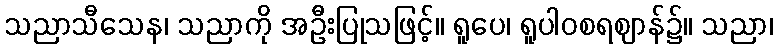
သညာသီသေန၊ သညာကို အဦးပြုသဖြင့်။ ရူပေ၊ ရူပါဝစရဈာန်၌။ သညာ၊